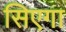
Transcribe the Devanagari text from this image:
सिएगा